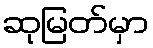
ဆုမြတ်မှာ